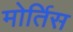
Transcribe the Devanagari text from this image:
मोर्तिस